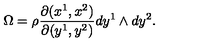
\Omega = \rho \frac { \partial ( x ^ { 1 } , x ^ { 2 } ) } { \partial ( y ^ { 1 } , y ^ { 2 } ) } d y ^ { 1 } \land d y ^ { 2 } .